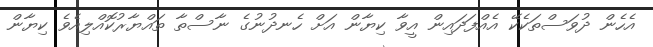
އެހެން ދުވަސްތަކެކޭ އެއްފަދައިން އީވާ ކިޔާން އަށް ހެނދުނުގެ ނާސްތާ ތައްޔާރުކޮއްލިއެވެ ކިޔާން